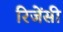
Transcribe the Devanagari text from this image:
रिजेंसी